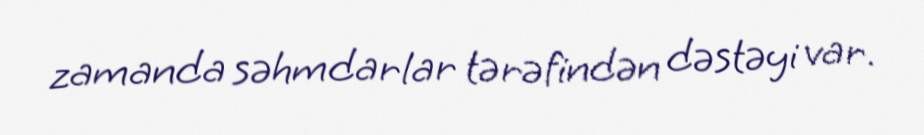
zamanda səhmdarlar tərəfindən dəstəyi var.